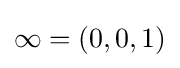
\infty =(0,0,1)